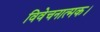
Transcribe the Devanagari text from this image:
विवेचनात्मक।